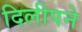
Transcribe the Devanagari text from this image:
दिलीपने